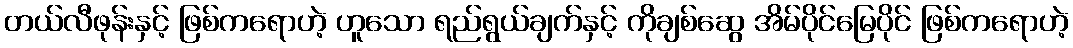
တယ်လီဖုန်းနှင့် ဖြစ်ကရောဟဲ့ ဟူသော ရည်ရွယ်ချက်နှင့် ကိုချစ်ဆွေ အိမ်ပိုင်မြေပိုင် ဖြစ်ကရောဟဲ့